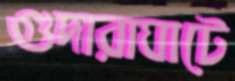
গুদারাঘাটে